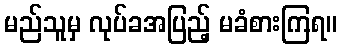
မည်သူမှ လုပ်ခအပြည့် မခံစားကြရ။